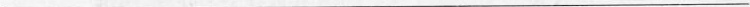
___